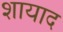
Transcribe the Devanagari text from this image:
शायाद